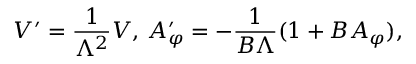
V ^ { \prime } = \frac { 1 } { \Lambda ^ { 2 } } V , \, A _ { \varphi } ^ { \prime } = - \frac { 1 } { B \Lambda } ( 1 + B A _ { \varphi } ) ,